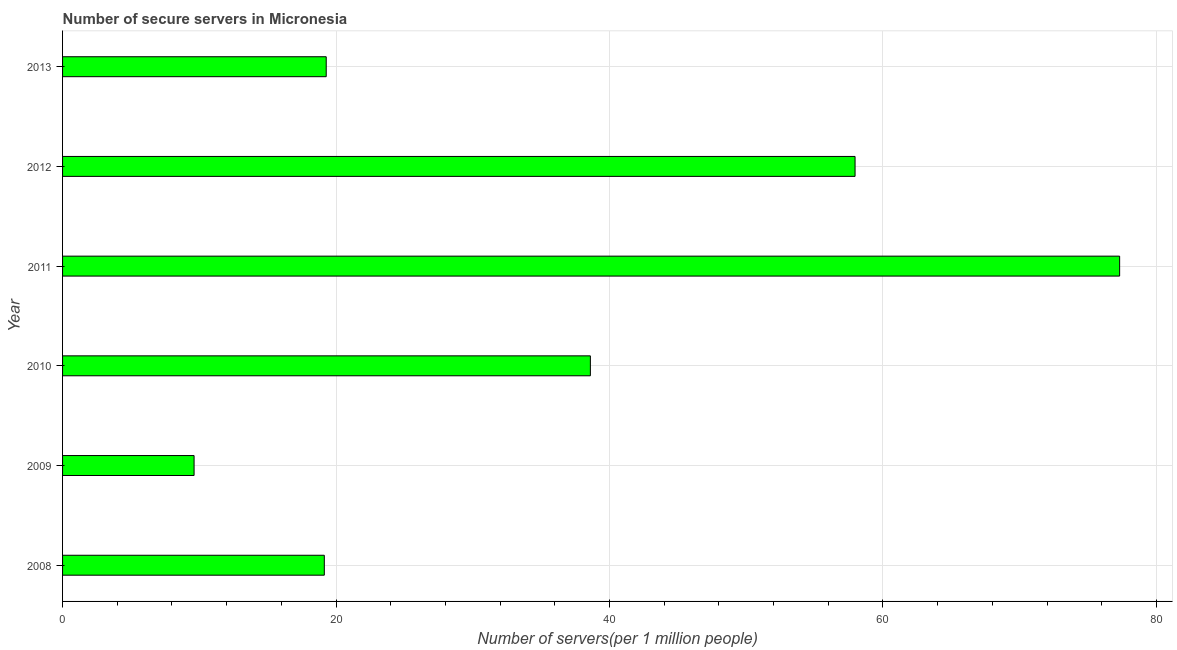
| Year | Secure Internet servers |
 | --- | --- |
 | 2008 | 19.1 |
 | 2009 | 9.62 |
 | 2010 | 38.6 |
 | 2011 | 77.3 |
 | 2012 | 58 |
 | 2013 | 19.3 |